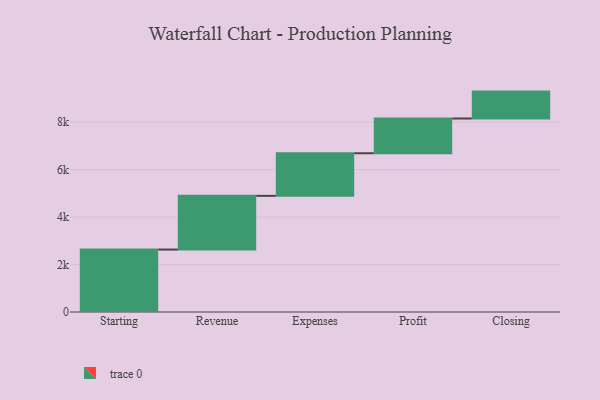
{"axis": {"x": "Step", "y": "Value"}, "legend": [""], "data": [{"x": "Starting", "y": 2633.0, "type": ""}, {"x": "Revenue", "y": 2264.0, "type": ""}, {"x": "Expenses", "y": 1796.0, "type": ""}, {"x": "Profit", "y": 1465.0, "type": ""}, {"x": "Closing", "y": 1134.0, "type": ""}]}